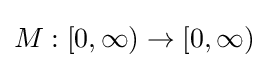
M:[0,\infty )\to [0,\infty )